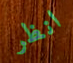
انظر